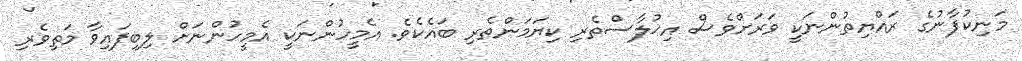
މަނިކުފާނުގެ ރައްޔިތުންނަކީ ވަރަށްވެސް އިޚުލާސްތެރި ކިޔަމަންތެރި ބައެކެވެ. އެމީހުންނަކީ އެމީހުންނަށް ލިބިފައިވާ މަތިވެރި